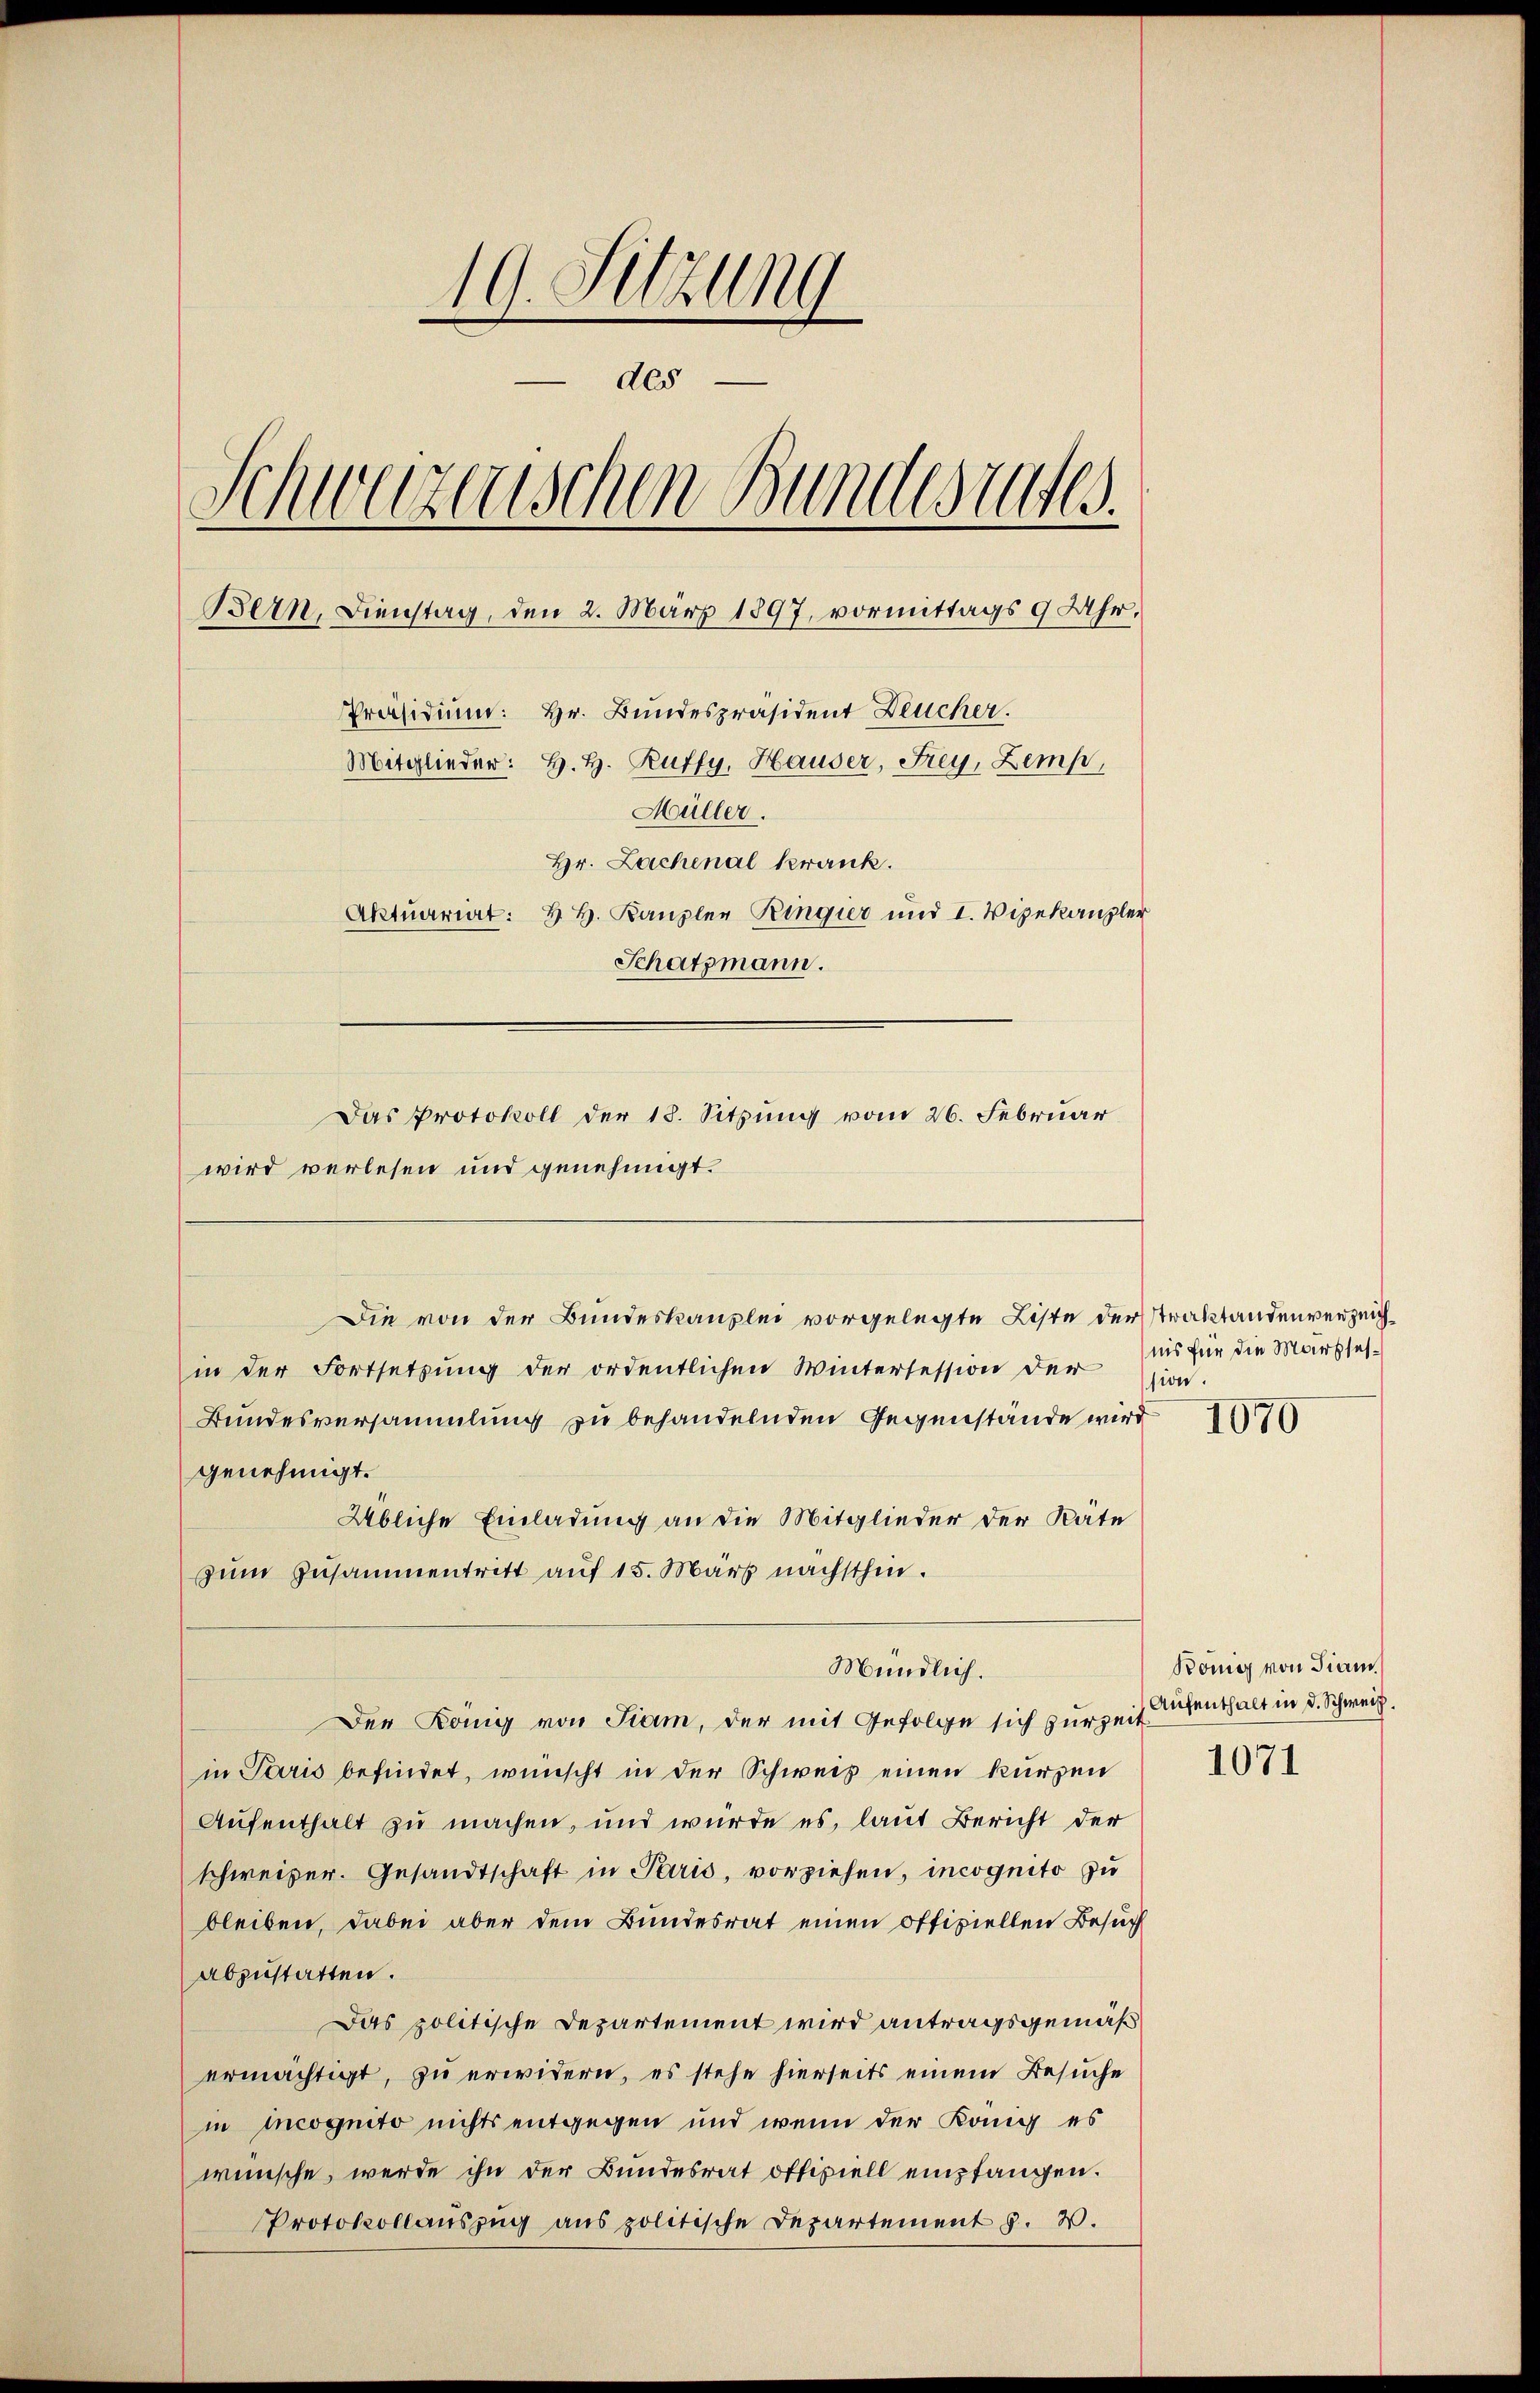
10. Sitzung
x
des
Schweizerischen Bundesrates.
Bern, Dienstag, den 2. März 1897, vormittags 9 Uhr,
Präsidium: Hr. Bundespräsident Deucher.
Mitglieder: H. H. Ruffy, Hauser, Frey, Zemp,
Müller.
Hr. Lachenal krank.
Aktuariat & H. Kanzler Ringier und I. Vizekanzler
Schatzmann.
Das Protokoll der 18. Sitzung vom 26. Februar
wird verlesen und genehmigt.

Die von der Bundeskanzlei vorgelegte Liste der Straktandenverzeich¬

in der Fortsetzung der ordentlichen Wintersession der
Bundesversammlung zu behandelnden Gegenstände wird
genehmigt.
Übliche Einladung an die Mitglieder der Räte
zum Zusammentritt auf 15. März nächsthin.

Mündlich.
Der Köng von Siam, der mit Gefolge sich zur Zeit Aufenthalt in d. Schweiz.

in Paris befindet, wünscht in der Schweiz einen kurzen
Aufenthalt zu machen, und würde es, laut Bericht der
schweizer. Gesandtschaft in Paris, vorziehen, incognito zu
bleiben, dabei aber dem Bundesrat einen offiziellen Besuch
abzustatten.
Das politische Departement wird antragsgemäß
ermächtigt, zu erwidern, es stehe hierseits einem Besuche
in incognito nichts entgegen und wenn der König es
wünsche, werde ihn der Bundesrat offiziell empfangen.
Protokollauszug aus politische Departement . .

nis für die Marksesssion.

1070

König von diam

1071